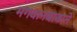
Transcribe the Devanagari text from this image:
भगवानबाबाने